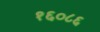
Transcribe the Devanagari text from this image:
१६०८६